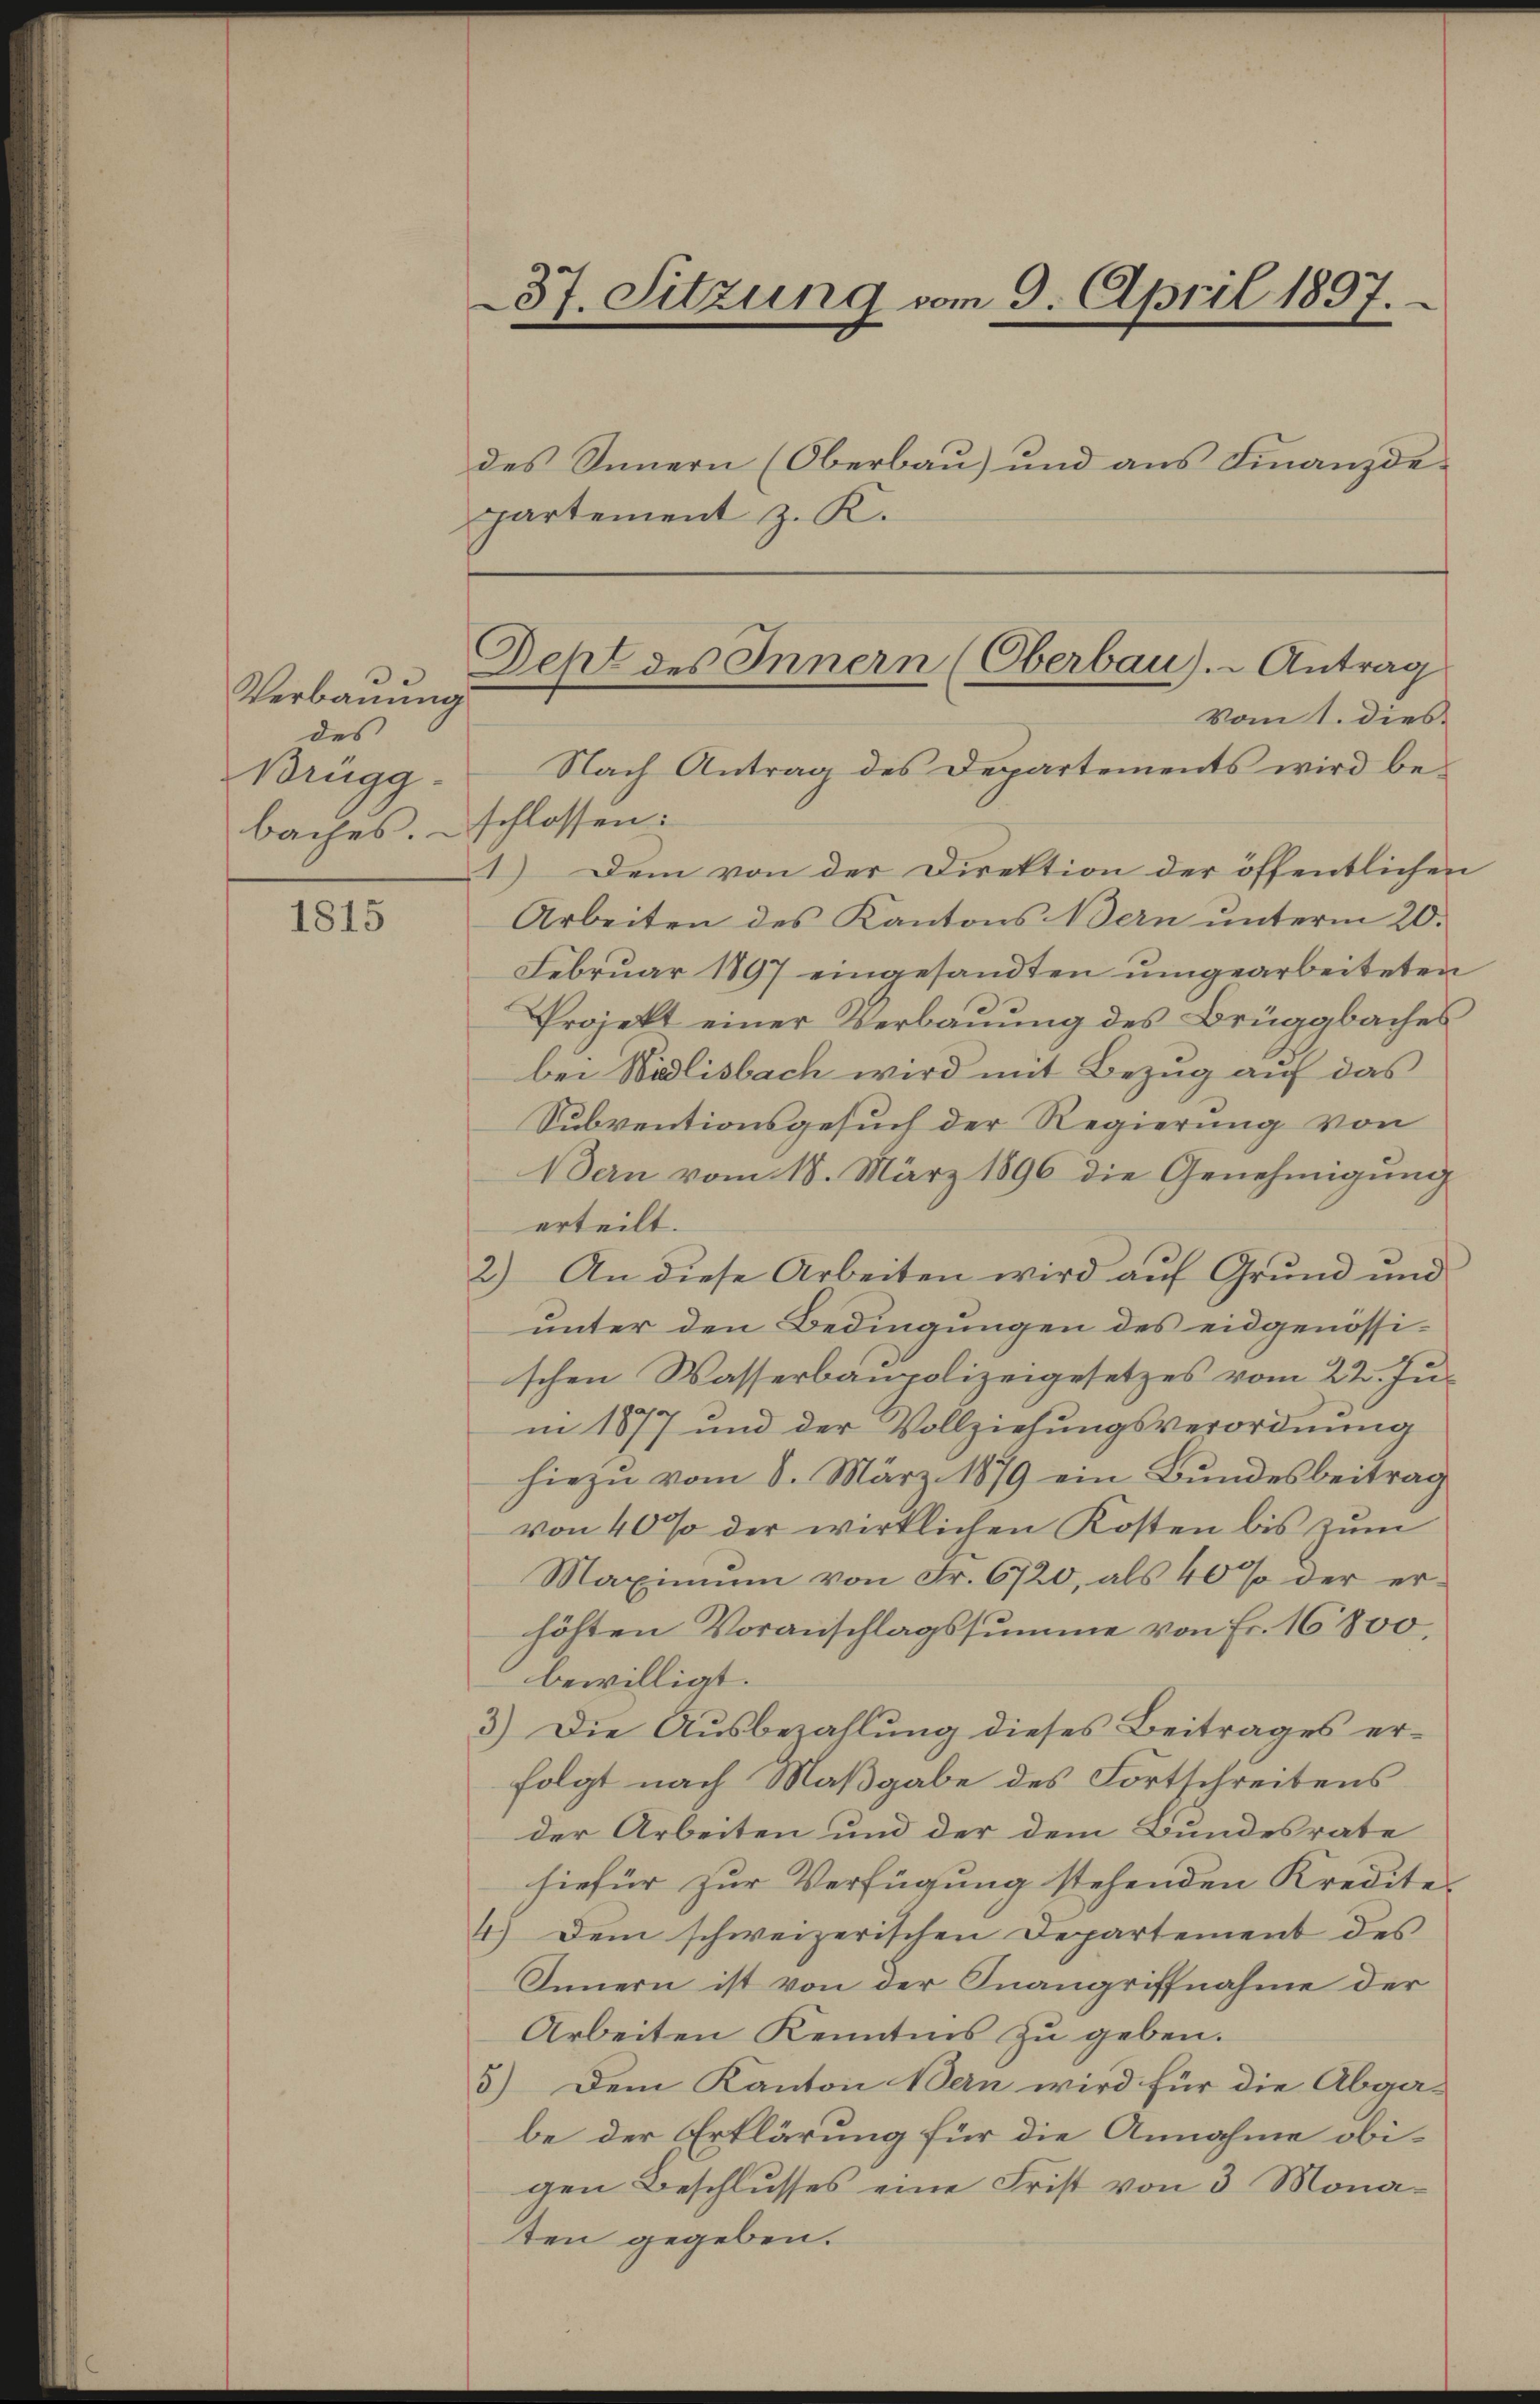
Verbauung
des
Brugg.
baches.

1815

37. Sitzung vom 9. April 1897.
des Innern (Oberbau) und aus Finanzde-
partement z. K.

Deht des Innern (Oberbau). - Antrag
Vom 1. dies

Nach Antrag des Departements wird beschlossen:
1.) Dem von der Direktion der öffentlichen
Arbeiten des Kantons Bern unterm 20.
Februar 1897 eingesandten umgearbeiteten
Projekt einer Verbauung des Brüggbaches
bei Widlisbach wird mit Bezug auf das
Subventionsgesuch der Regierung von
Bern vom 18. März 1896 die Genehmigung
erteilt.
2) An diese Arbeiten wird auf Grund und
unter den Bedingungen des eidgenössischen Wasserbaupolizeigesetzes vom 22. Jus
in 1877 und der Vollziehungsverordnung
hiezu vom 8. März 1879 ein Bundesbeitrag
von 40% der wirklichen Kosten bis zum
Maximum von Fr. 6720, als 40% der erhöhten Voranschlagssumme von Fr. 16800,
bewilligt.
3.) Die Aŭsbezahlŭng dieses Beitrages er-
folgt nach Maßgabe des Fortschreitens
der Arbeiten und der dem Bundesrate
hiefür zur Verfügung stehenden Kredite.
4.) Dem schweizerischen Departement des
Innern ist von der Inangriffnahme der
Arbeiten Kenntnis zu geben.
3.) Dem Kanton Bern wird für die Abga-
be der Erklärung für die Annahme obigen Beschlusses eine Frist von 3 Monaten gegeben.